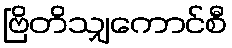
ဗြိတိသျှကောင်စီ